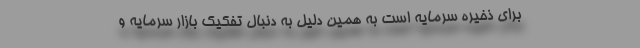
برای ذخیره سرمایه است به همین دلیل به دنبال تفکیک بازار سرمایه و